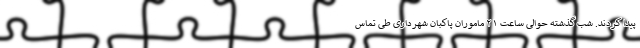
پیدا کردند. شب گذشته حوالی ساعت ۲۱ ماموران پاکبان شهرداری طی تماس